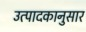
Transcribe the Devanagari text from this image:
उत्पादकानुसार